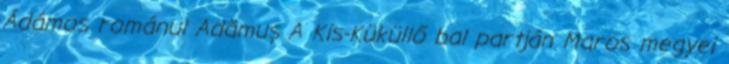
Ádámos románul Adămuş A Kis-Küküllő bal partján Maros megyei